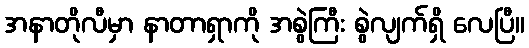
အနာတိုလီမှာ နာတာရှာကို အစွဲကြီး စွဲလျက်ရှိ လေပြီ။